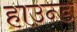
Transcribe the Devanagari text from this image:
हाउन्ड